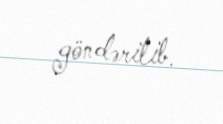
göndərilib.